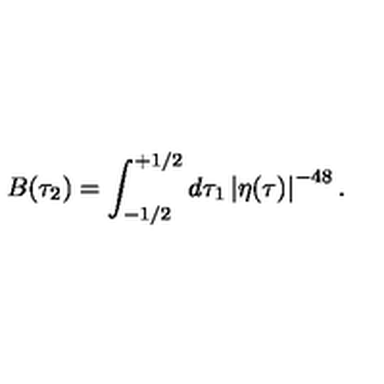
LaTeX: B ( \tau _ { 2 } ) = \int _ { - 1 / 2 } ^ { + 1 / 2 } d \tau _ { 1 } \left| \eta ( \tau ) \right| ^ { - 4 8 } .